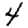
Digit: 4